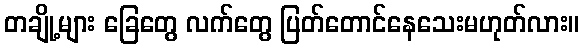
တချို့များ ခြေတွေ လက်တွေ ပြတ်တောင်နေသေးမဟုတ်လား။